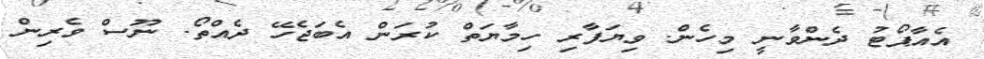
އެއާޕޯޓު ދެންވާނީ މިހެން. ވިޔަފާރި ހިމާޔަތް ކުރަން އެބަޖެހޭ ދެއްތޯ. ނޫސް ވެރިން